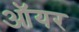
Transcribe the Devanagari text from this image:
ऑयर